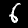
Digit: 6